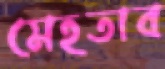
মেহতাব